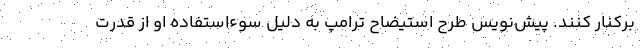
برکنار کنند. پیش‌نویس طرح استیضاح ترامپ به دلیل سوءاستفاده او از قدرت